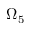
\Omega _ { 5 }